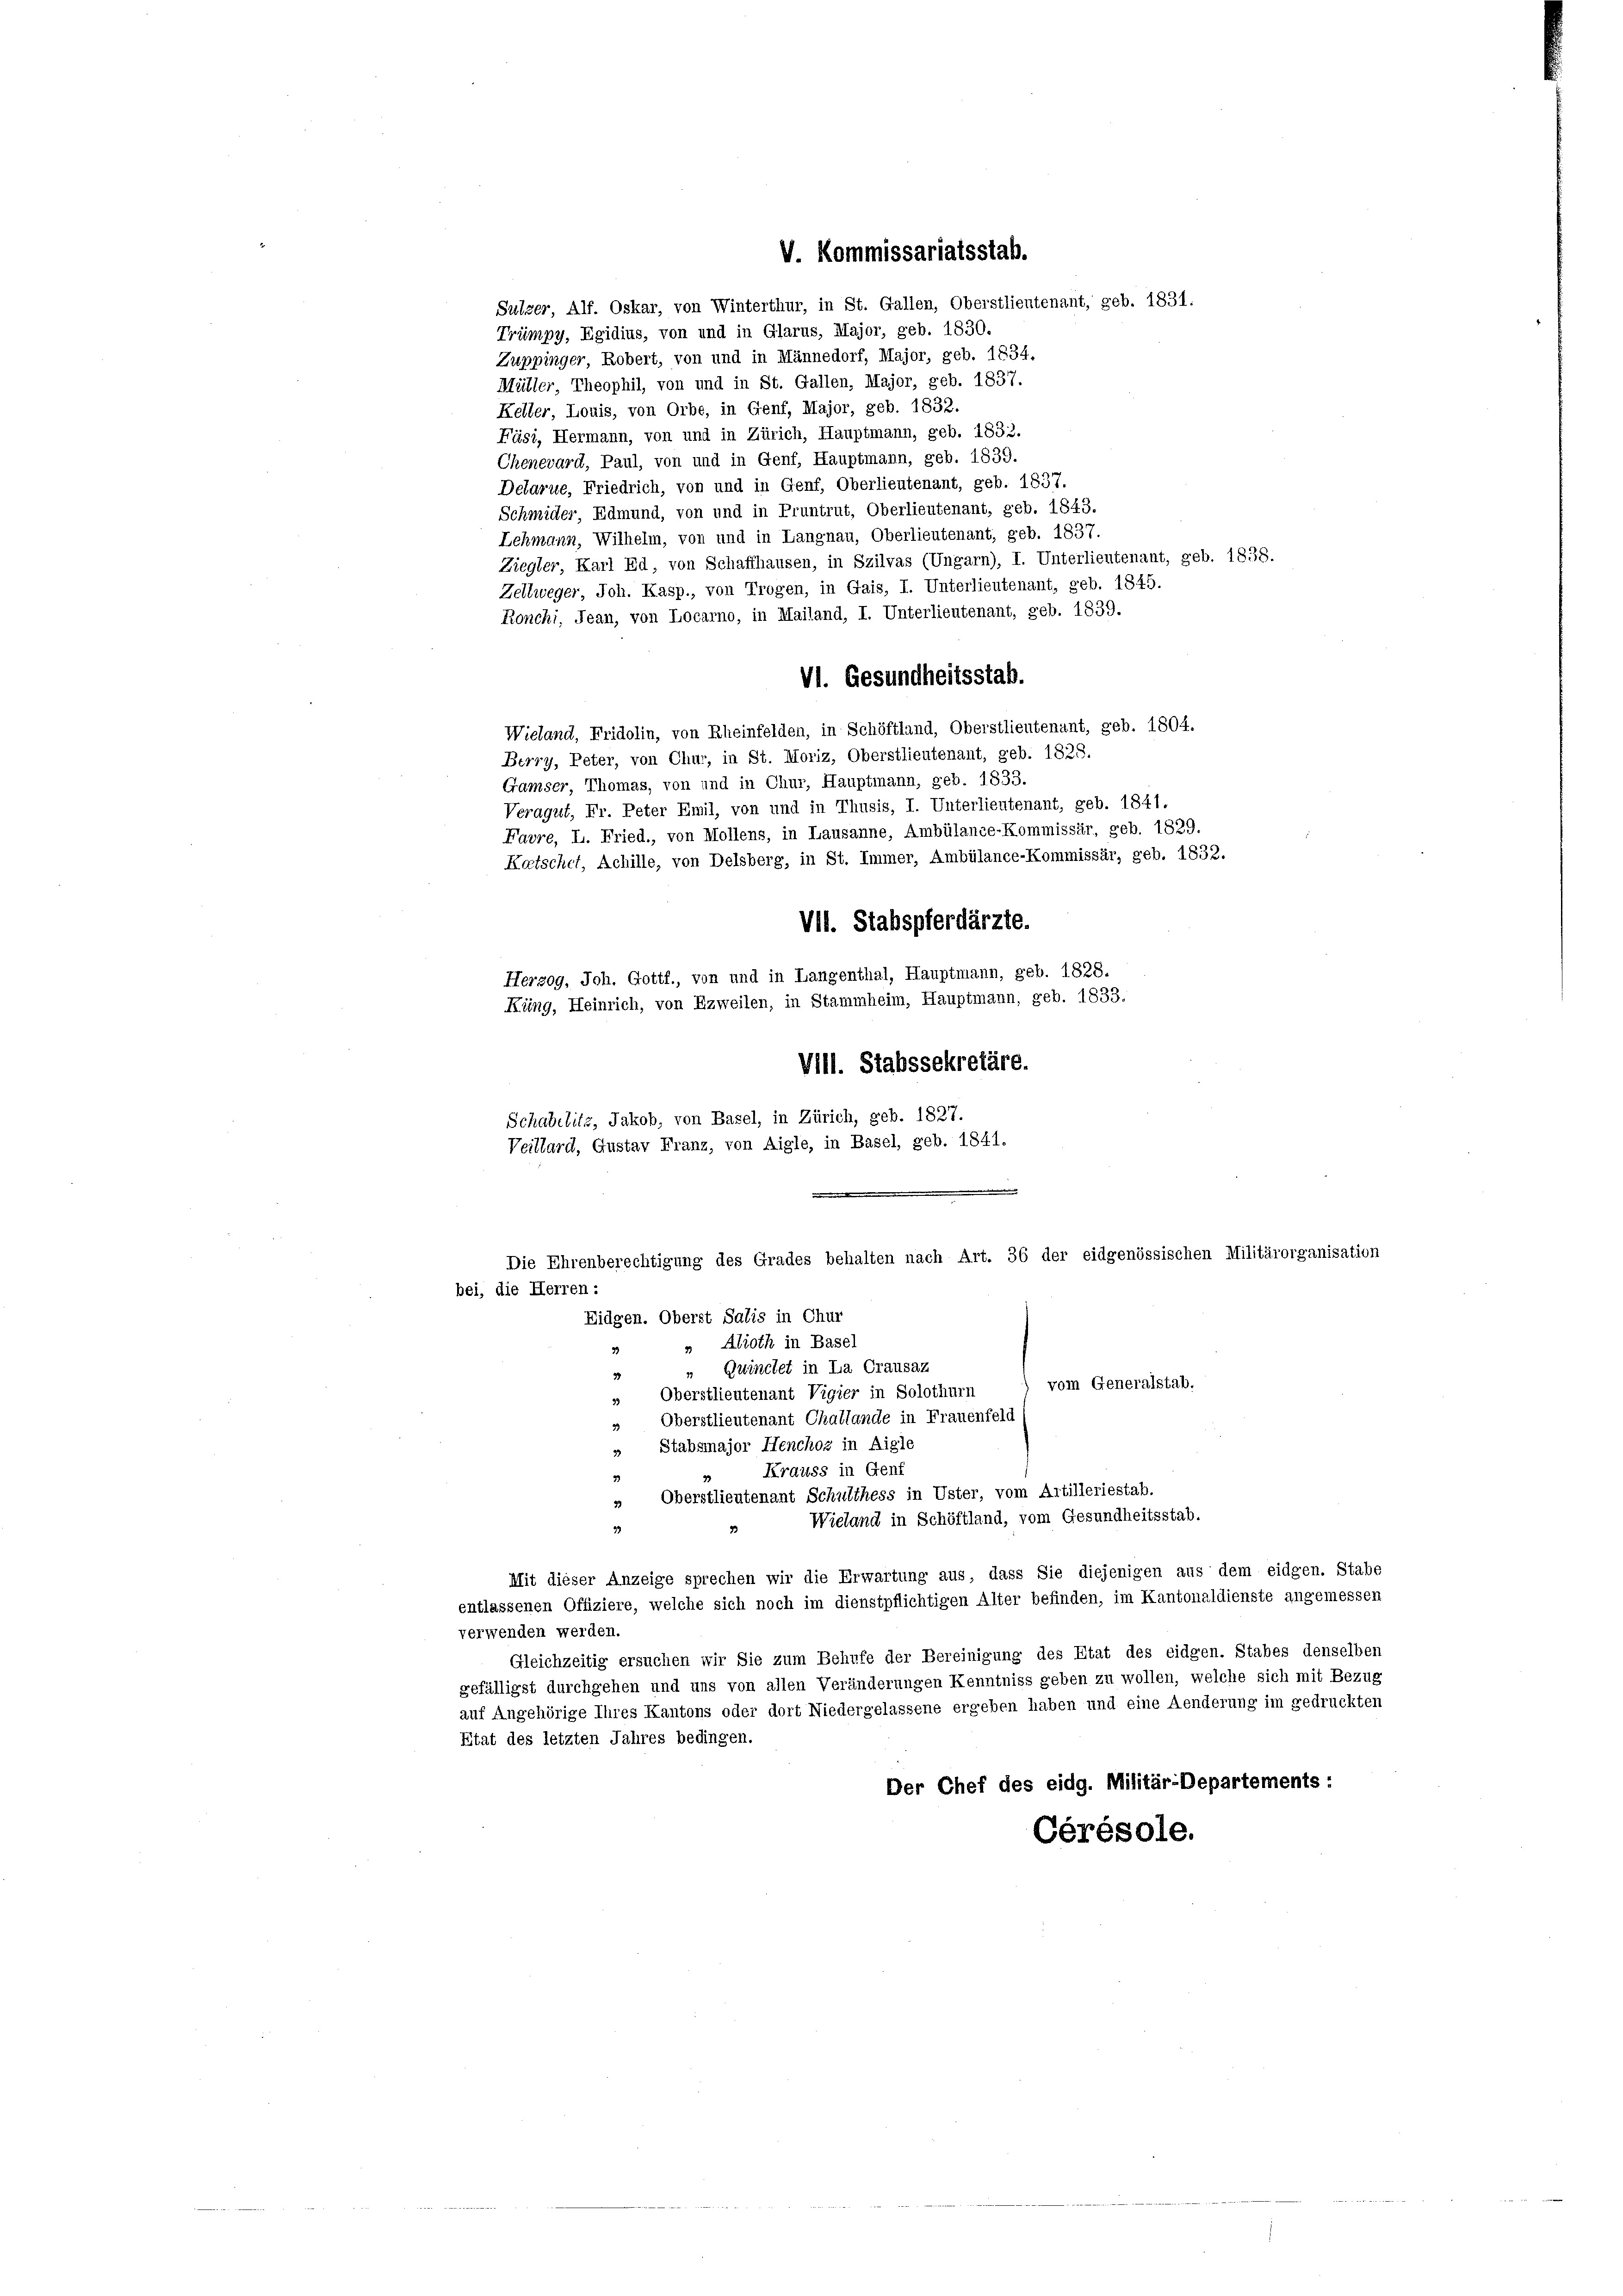
V. Kommissariatsstab.

Sulzer, Alf. Oskar, von Winterthur, in St. Gallen, Oberstlieutenant, geb. 1831.

Trümpy, Egidius, von und in Glarus, Major, geb. 1830.
Zuppinger, Robert, von und in Männedorf, Major, geb. 1834.
Müller, Theophil, von und in St. Gallen, Major, geb. 1837.
Keller, Louis, von Orbe, in Genf, Major, geb. 1832.
Fäsi, Hermann, von und in Zürich, Hauptmann, geb. 1832.
Chenevard, Paul, von und in Genf, Hauptmann, geb. 1839.
Delarue, Friedrich, von und in Genf, Oberlieutenant, geb. 1837.
Schmider, Edmund, von und in Pruntrut, Oberlieutenant, geb. 1843.
Lehmann, Wilhelm, von und in Langnau, Oberlieutenant, geb. 1837.
Ziegler, Karl Ed, von Schaffhausen, in Szilvas (Ungarn), I. Unterlieutenant, geb. 1838.
Zellweger, Joh. Kasp., von Trogen, in Gais, I. Unterlieutenant, geb. 1845.
Ronchi, Jean, von Locarno, in Mailand, I. Unterlieutenant, geb. 1839.
Vl. Gesundheitsstab.
Wieland, Fridolin, von Rheinfelden, in Schöftland, Oberstlieutenant, geb. 1804.
Berry, Peter, von Chur, in St. Moriz, Oberstlieutenant, geb. 1828.
Gamser, Thomas, von und in Chur, Hauptmann, geb. 1833.
Veragut, Fr. Peter Emil, von und in Thusis, I. Unterlieutenant, geb. 1841.
Favre, L. Fried., von Mollens, in Lausanne, Ambülance-Kommissär, geb. 1829.
Katschef, Achille, von Delsberg, in St. Immer, Ambülance-Kommissär, geb. 1832.
VII. Stabspferdärzte.
Herzog, Joh. Gottf., von und in Langenthal, Hauptmann, geb. 1828.
Küng, Heinrich, von Ezweilen, in Stammheim, Hauptmann, geb. 1833.
VIll. Stabssekretäre.
Schabilitz, Jakob, von Basel, in Zürich, geb. 1827.
Veillard, Gustav Franz, von Aigle, in Basel, geb. 1841.

Die Ehrenberechtigung des Grades behalten nach Art. 36 der eidgenössischen Militärorganisation
bei, die Herren:
Eidgen. Oberst Salis in Chur

» Alioth in Basel
3
" Gwinchet in La Crausaz
3
vom Generalstab,
Oberstlieutenant Vigier in Solothurn
39
» Oberstlieutenant Challande in Frauenfeld
» Stabsmajor Henchoz in Aigle
Krauss in Genf
3
33
Oberstlieutenant Schulthess in Uster, vom Artilleriestab.
33
Wieland in Schöftland, vom Gesundheitsstab.
39
Mit dieser Anzeige sprechen wir die Erwartung aus, dass Sie diejenigen aus dem eidgen. Stabe
entlassenen Offiziere, welche sich noch im dienstpflichtigen Alter befinden, im Kantonaldienste angemessen
verwenden werden.
Gleichzeitig ersuchen wir Sie zum Behufe der Bereinigung des Etat des eidgen. Stabes denselben
gefälligst durchgehen und uns von allen Veränderungen Kenntniss geben zu wollen, welche sich mit Bezug
auf Angehörige Ihres Kantons oder dort Niedergelassene ergeben haben und eine Aenderung im gedruckten
Etat des letzten Jahres bedingen.
Der Chef des eidg. Militär-Departements:
Gérésole.